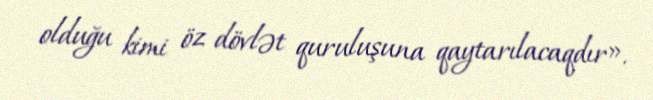
olduğu kimi öz dövlət quruluşuna qaytarılacaqdır».